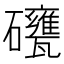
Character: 𥗯